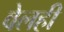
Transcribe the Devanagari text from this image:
वेलही